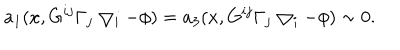
LaTeX: a _ { 1 } ( x , G ^ { i j } \Gamma _ { j } \bigtriangledown _ { i } - \phi ) = a _ { 3 } ( x , G ^ { i j } \Gamma _ { j } \bigtriangledown _ { i } - \phi ) \sim 0 .